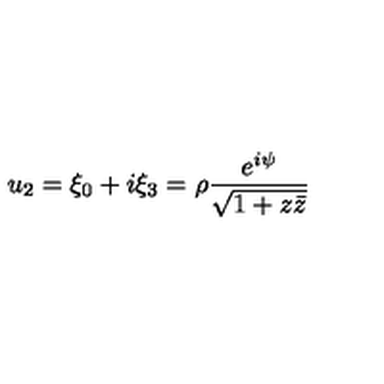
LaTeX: u _ { 2 } = \xi _ { 0 } + i \xi _ { 3 } = \rho \frac { e ^ { i \psi } } { \sqrt { 1 + z \bar { z } } }